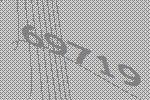
69719